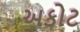
અકોટ